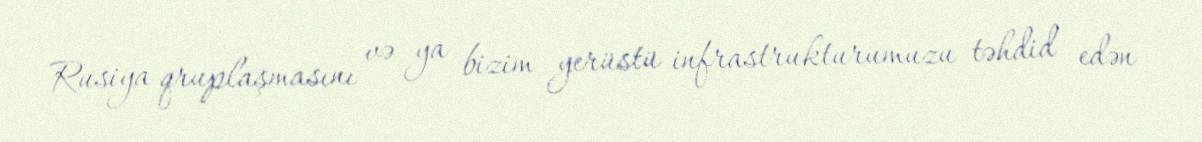
Rusiya qruplaşmasını və ya bizim yerüstü infrastrukturumuzu təhdid edən